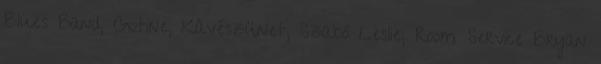
Blues Band, Giotine, Kávészünet, Szabó Leslie, Room Service Bryan